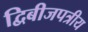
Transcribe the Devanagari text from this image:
द्विबीजपत्रीय